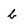
Character: b